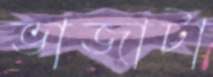
ভাজাটা